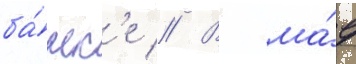
ба́нк'е // В ма́е